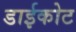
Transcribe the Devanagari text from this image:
डाईकोट